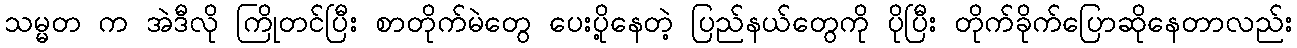
သမ္မတ က အဲဒီလို ကြိုတင်ပြီး စာတိုက်မဲတွေ ပေးပို့နေတဲ့ ပြည်နယ်တွေကို ပိုပြီး တိုက်ခိုက်ပြောဆိုနေတာလည်း